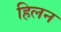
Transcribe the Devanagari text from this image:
हिलन